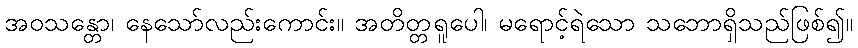
အဝသန္တော၊ နေသော်လည်းကောင်း။ အတိတ္တရူပေါ၊ မရောင့်ရဲသော သဘောရှိသည်ဖြစ်၍။